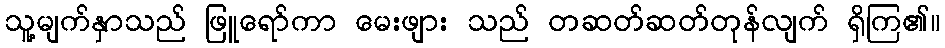
သူ့မျက်နှာသည် ဖြူရော်ကာ မေးဖျား သည် တဆတ်ဆတ်တုန်လျက် ရှိကြ၏။